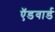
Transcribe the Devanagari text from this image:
ऍडवार्ड